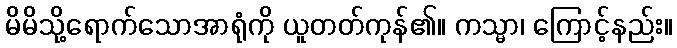
မိမိသို့ရောက်သောအာရုံကို ယူတတ်ကုန်၏။ ကသ္မာ၊ ကြောင့်နည်း။